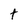
Character: t